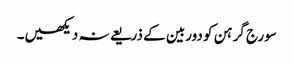
سورج گرہن کو دوربین کے ذریعے نہ دیکھیں۔